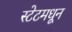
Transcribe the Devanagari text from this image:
स्टेटमधून